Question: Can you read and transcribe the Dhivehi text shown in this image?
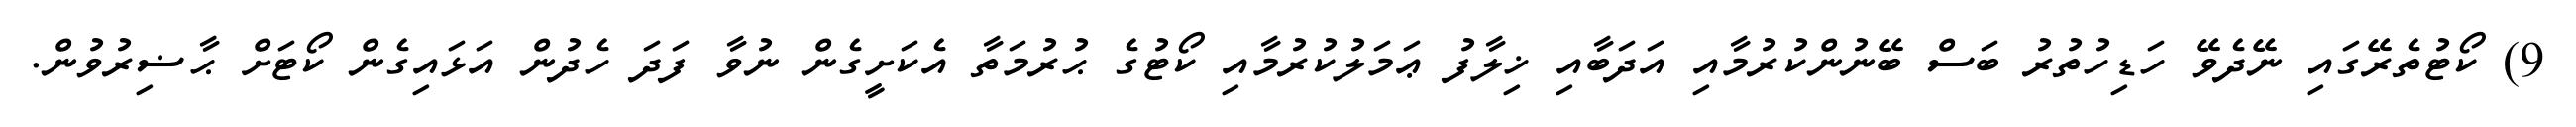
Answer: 9) ކޯޓުތެރޭގައި ނޭދެވޭ ހަޑިހުތުރު ބަސް ބޭނުންކުރުމާއި އަދަބާއި ޚިލާފު ޢަމަލުކުރުމާއި ކޯޓުގެ ޙުރުމަތާ އެކަށީގެން ނުވާ ފަދަ ހެދުން އަޅައިގެން ކޯޓަށް ޙާޟިރުވުން.